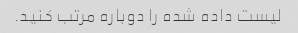
لیست داده شده را دوباره مرتب کنید.